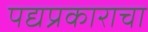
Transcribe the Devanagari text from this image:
पद्यप्रकाराचा